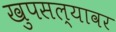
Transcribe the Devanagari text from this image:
खुपसल्यावर